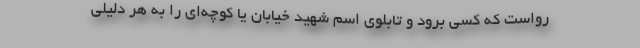
رواست که کسی برود و تابلوی اسم شهید خیابان یا کوچه‌ای را به هر دلیلی